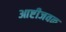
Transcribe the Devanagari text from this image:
आष्टीजवळ